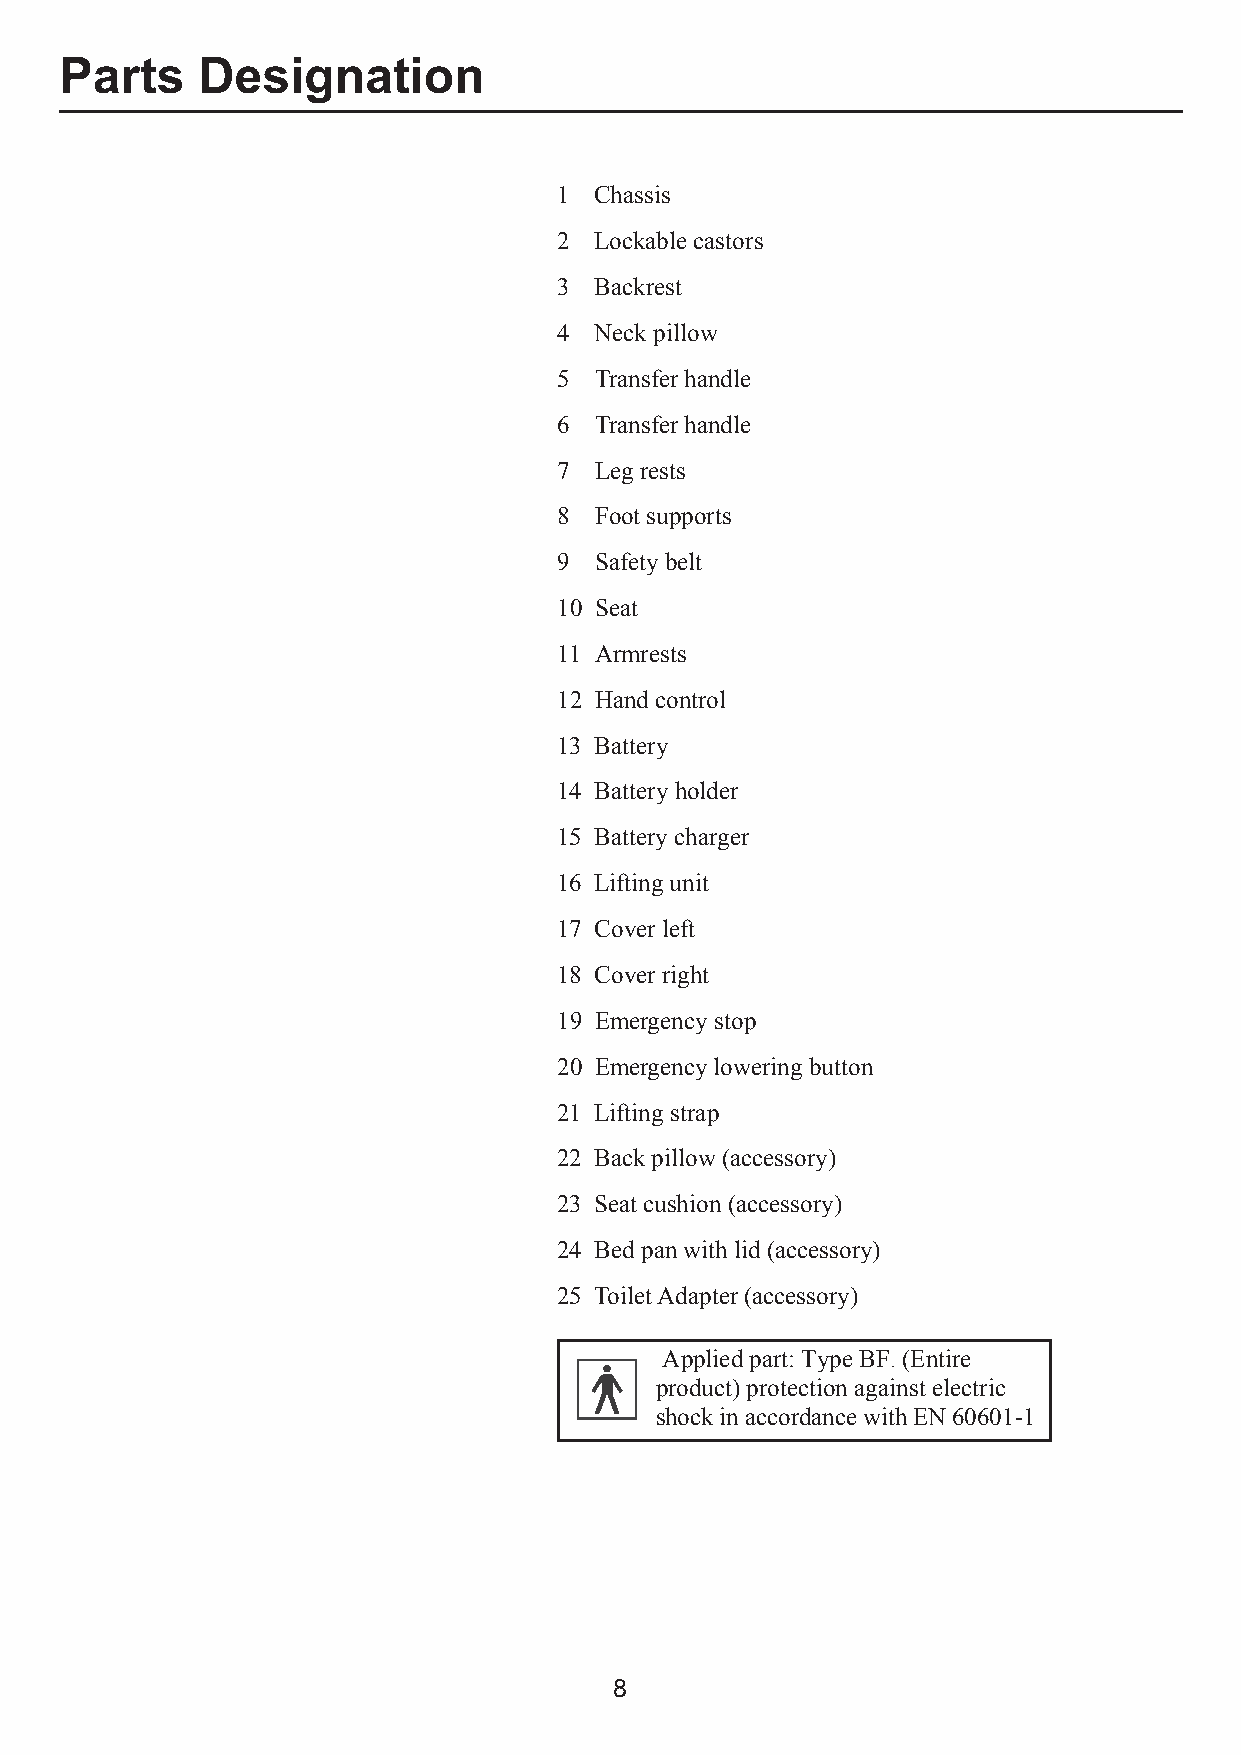
Parts    Designation
 1 Chassis
 2 Lockable castors
 3 Backrest
 4 Neck pillow
 5 Transfer handle
 6 Transfer handle
 7 Leg rests
 8 Foot supports
 9 Safety belt
 10 Seat
 11 Armrests
 12 Hand control
 13 Battery
 14 Battery holder
 15 Battery charger
 16 Lifting unit
 17 Cover left
 18 Cover right
 19 Emergency stop
 20 Emergency lowering button
 21 Lifting strap
 22 Back pillow (accessory)
 23 Seat cushion (accessory)
 24 Bed pan with lid (accessory)
 25 Toilet Adapter (accessory)
 Applied part: Type BF. (Entire
 product) protection against electric
 shock in accordance with EN 60601-1
 8